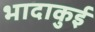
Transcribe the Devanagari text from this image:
भादाकुई